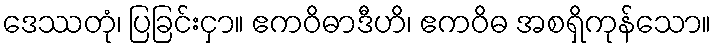
ဒေဿတုံ၊ ပြခြင်းငှာ။ ဧကဝိဓာဒီဟိ၊ ဧကဝိဓ အစရှိကုန်သော။